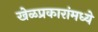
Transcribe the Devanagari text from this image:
खेळप्रकारांमध्ये